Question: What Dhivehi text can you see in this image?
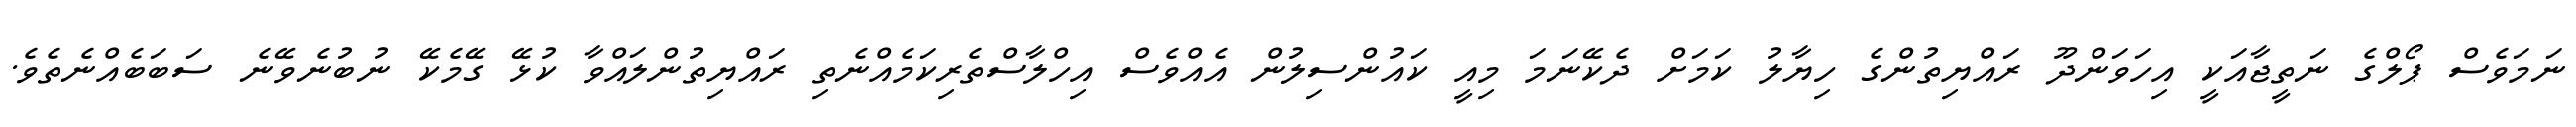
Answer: ނަމަވެސް ޕޯލްގެ ނަތީޖާއަކީ އިހަވަންދޫ ރައްޔިތުންގެ ހިޔާލު ކަމަށް ދެކޭނަމަ މިއީ ކައުންސިލުން އެއްވެސް އިހްލާސްތެރިކަމެއްނެތި ރައްޔިތުންލައްވާ ކުޅޭ ގޭމެކޭ ނުބުނެވޭނެ ސަބަބެއްނެތެވެ.